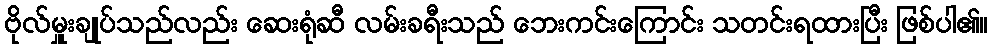
ဗိုလ်မှူးချုပ်သည်လည်း ဆေးရုံဆီ လမ်းခရီးသည် ဘေးကင်းကြောင်း သတင်းရထားပြီး ဖြစ်ပါ၏။